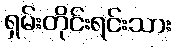
ရှမ်းတိုင်းရင်းသား